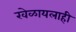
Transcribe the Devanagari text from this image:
खेळायलाही